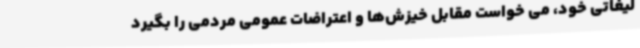
لیغاتی خود، می خواست مقابل خیزش‌ها و اعتراضات عمومی مردمی را بگیرد